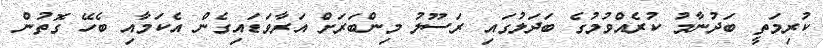
ކުރިމަތީ ބަދުނާމު ކުރެއްވުމުގެ ބަދަލުގައި ރަސޫލު މިންބަރަށް އަރާވަޑައިގެން އެކަމާއި ބެހޭ ގޮތުން